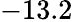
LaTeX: -13.2